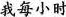
我每小时